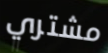
مشتري